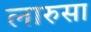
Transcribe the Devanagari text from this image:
लारुसा